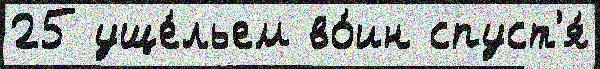
25 уще́льем во́ин спуст'я́